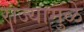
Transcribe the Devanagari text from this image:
राज्यामुळे